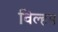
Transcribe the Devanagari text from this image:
विल्हम